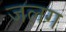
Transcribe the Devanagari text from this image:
जलग